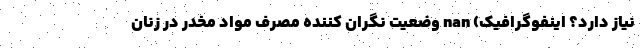
نیاز دارد؟ اینفوگرافیک) nan وضعیت نگران کننده مصرف مواد مخدر در زنان